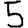
Digit: 5